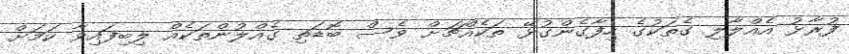
ފުރާޅު އެއްލާލި ގެތަކުގެ ހިފާގެންގުޅޭ ތަކެއްޗަށް ވެސް ބޮޑަތި ގެއްލުންތަކެއް ލިބިފައިވާ ކަމަށް